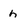
Character: h